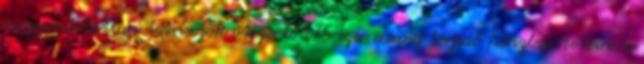
meggondolatlan tetrisezők ötezertől 75 ezer euróig terjedő pénzbüntetésre és